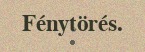
Fénytörés.